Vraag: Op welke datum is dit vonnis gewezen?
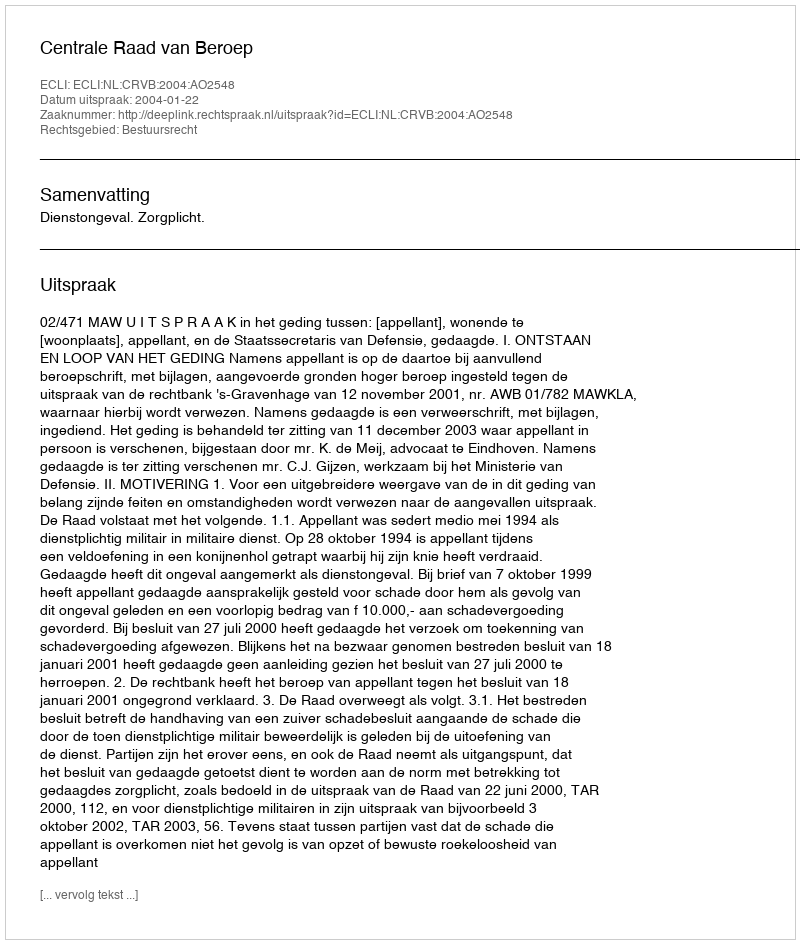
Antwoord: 2004-01-22